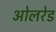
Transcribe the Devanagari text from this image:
ओलरेड